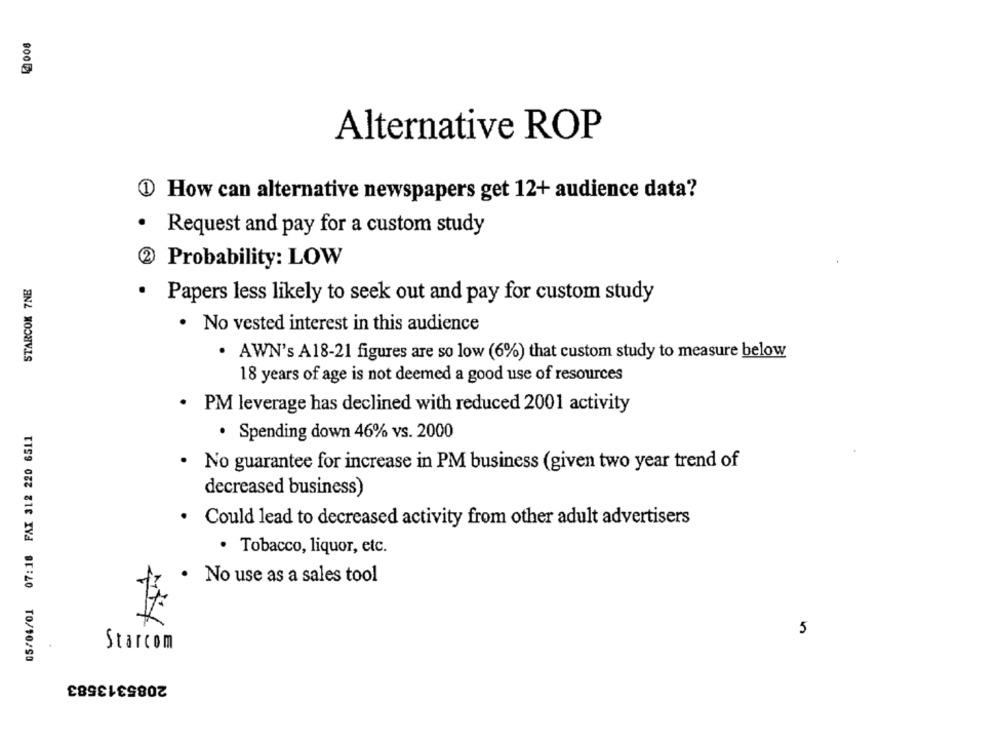
900
Alternative ROP
1 How can alternative newspapers get 12+ audience data?
Request and pay for a custom study
Probability: LOW
STARCOM 7NE
.
Papers less likely to seek out and pay for custom study
. No vested interest in this audience
· AWN's A18-21 figures are so low (6%) that custom study to measure below
18 years of age is not deemed a good use of resources
.
PM leverage has declined with reduced 2001 activity
05/04/01 07:18 FAX 312 220 6511
· Spending down 46% vs. 2000
. No guarantee for increase in PM business (given two year trend of
decreased business)
· Could lead to decreased activity from other adult advertisers
· Tobacco, liquor, etc.
· No use as a sales tool
5
Starcom
2085313583